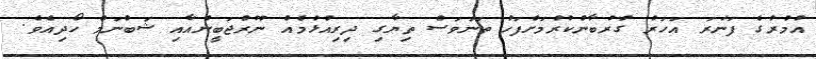
އުމުރުގެ ފަނަރަ އަހަރު ގުރުބާންކުރުމަށްފަހު ތަނަވަސް ތިޔާގި ދިރިއުޅުމެއް ނޫރުޖަބީންއާއި ޝަބްނަމް ހޯދިއެވެ.